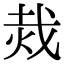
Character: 烖